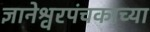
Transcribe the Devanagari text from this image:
ज्ञानेश्वरपंचकाच्या